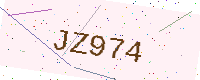
Text: JZ974